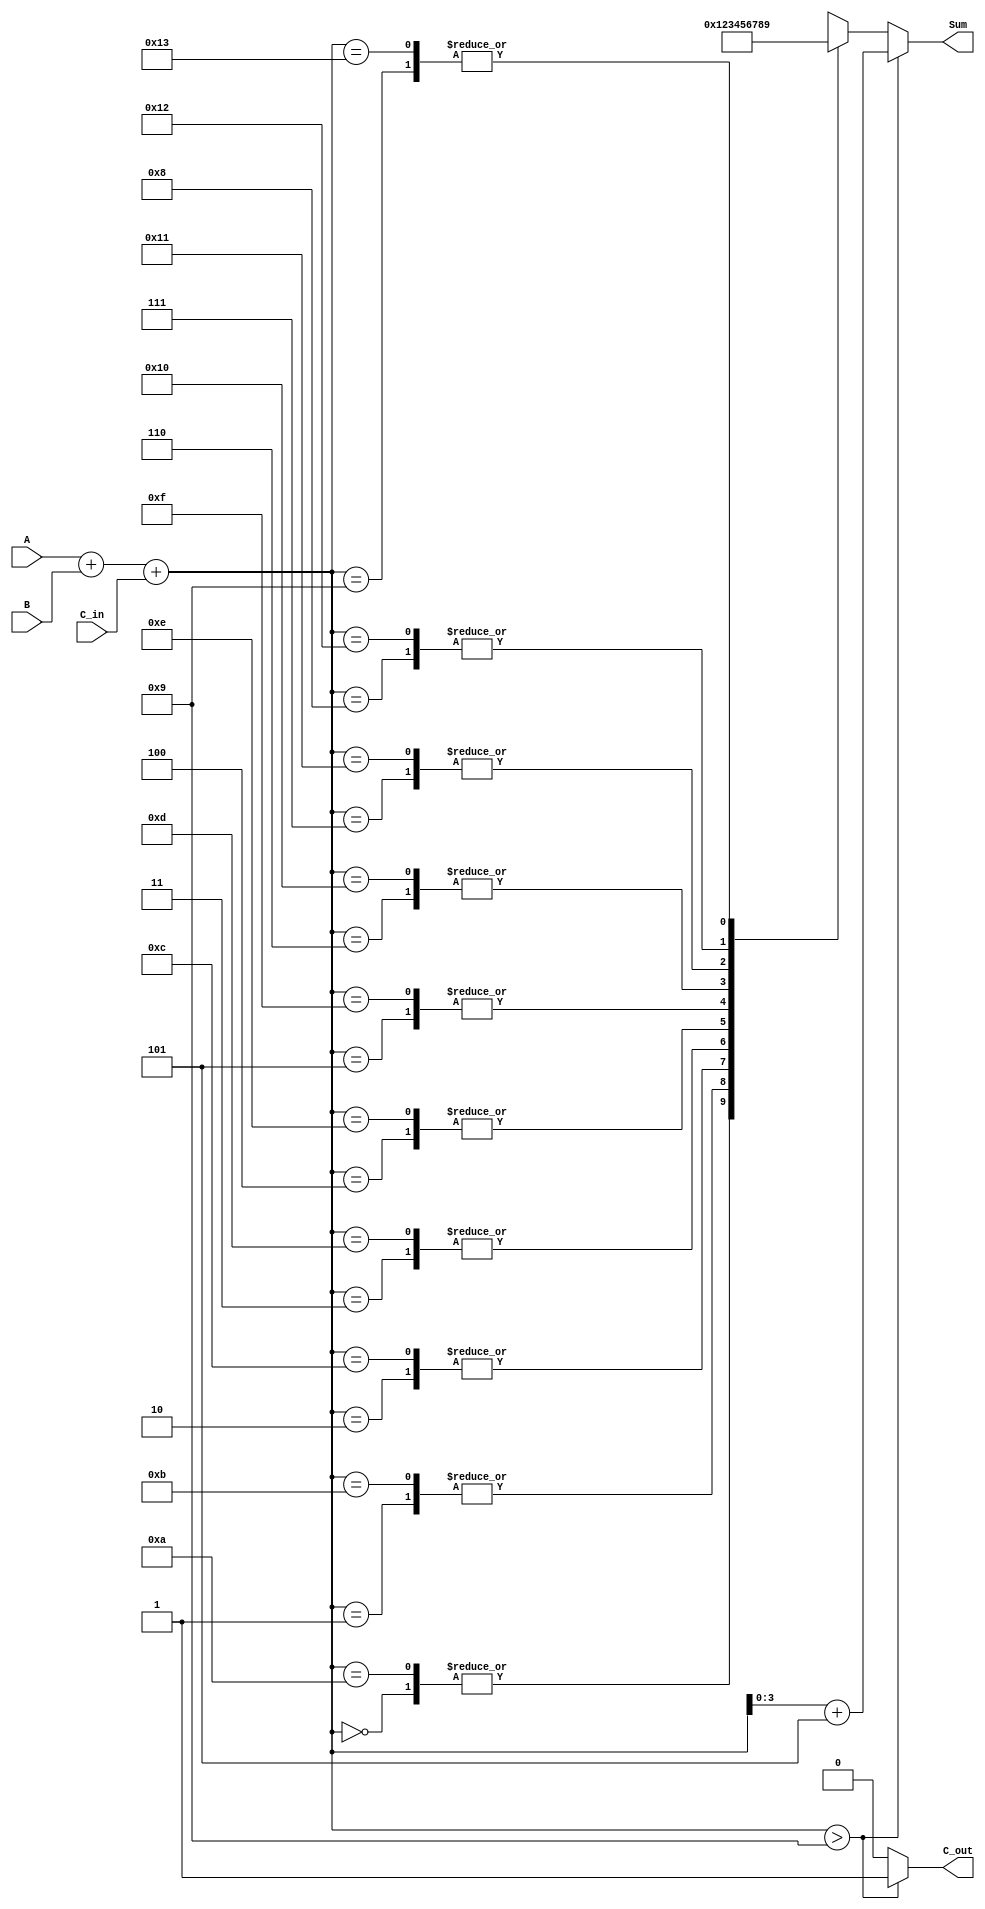
module BCD_LUT_Adder (
    input [3:0] A,       // First BCD digit
    input [3:0] B,       // Second BCD digit
    input C_in,          // Carry-in
    output reg [3:0] Sum,// BCD output sum
    output reg C_out     // Carry-out
);

// Intermediate variables
wire [4:0] S; // 5-bit sum to accommodate potential carry
wire [3:0] LUT[0:19]; // Look-Up Table for BCD correction

// BCD LUT initialization
initial begin
    LUT[0]  = 4'b0000; // 0
    LUT[1]  = 4'b0001; // 1
    LUT[2]  = 4'b0010; // 2
    LUT[3]  = 4'b0011; // 3
    LUT[4]  = 4'b0100; // 4
    LUT[5]  = 4'b0101; // 5
    LUT[6]  = 4'b0110; // 6
    LUT[7]  = 4'b0111; // 7
    LUT[8]  = 4'b1000; // 8
    LUT[9]  = 4'b1001; // 9
    LUT[10] = 4'b0000; // 10 (leads to carry, not valid BCD)
    LUT[11] = 4'b0001; // 11
    LUT[12] = 4'b0010; // 12
    LUT[13] = 4'b0011; // 13
    LUT[14] = 4'b0100; // 14
    LUT[15] = 4'b0101; // 15
    LUT[16] = 4'b0110; // 16
    LUT[17] = 4'b0111; // 17
    LUT[18] = 4'b1000; // 18
    LUT[19] = 4'b1001; // 19
end

// Perform binary addition
assign S = A + B + C_in;

// BCD correction logic and final outputs
always @(*) begin
    if (S > 9) begin
        // If sum exceeds 9, apply correction
        Sum = S + 5;  // add 6 (0110 in binary)
        C_out = 1;    // Set carry-out
    end else begin
        // If sum is 9 or less, direct assignment from LUT
        Sum = LUT[S];  // Use LUT for direct mapping
        C_out = 0;     // No carry-out
    end
end

endmodule